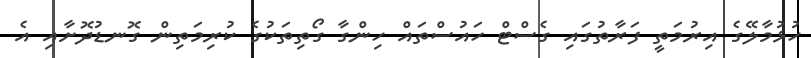
ހުޅުމާލޭގެ އިރުމަތީ ފަރާތުގައި ގެސްޓް ހައުސްތައް ހިންގާ ގޯތިތަކުގެ ކުރިމަތިން ގޮނޑުދޮށާއި އެ